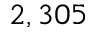
2 , 3 0 5